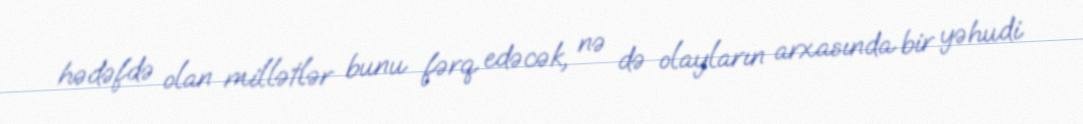
hədəfdə olan millətlər bunu fərq edəcək, nə də olayların arxasında bir yəhudi